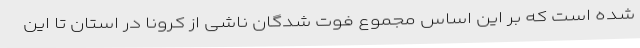
شده است که بر این اساس مجموع فوت شدگان ناشی از کرونا در استان تا این